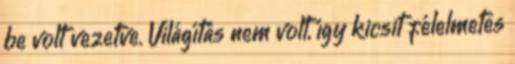
be volt vezetve. Világítás nem volt, így kicsit félelmetes